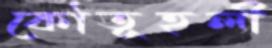
কৌতূহলী